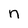
Character: n